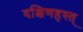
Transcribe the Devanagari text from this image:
दक्षिणहस्त्